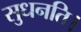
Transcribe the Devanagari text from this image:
सुधनति।